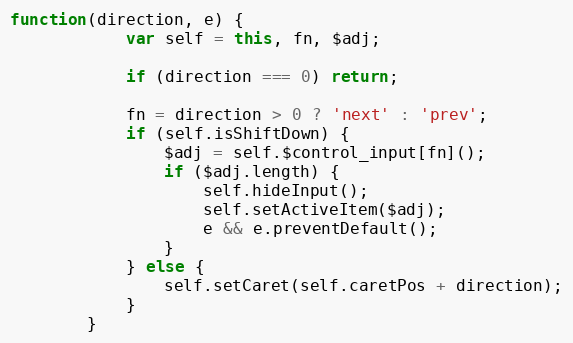
Language: JavaScript
function(direction, e) {
			var self = this, fn, $adj;

			if (direction === 0) return;

			fn = direction > 0 ? 'next' : 'prev';
			if (self.isShiftDown) {
				$adj = self.$control_input[fn]();
				if ($adj.length) {
					self.hideInput();
					self.setActiveItem($adj);
					e && e.preventDefault();
				}
			} else {
				self.setCaret(self.caretPos + direction);
			}
		}